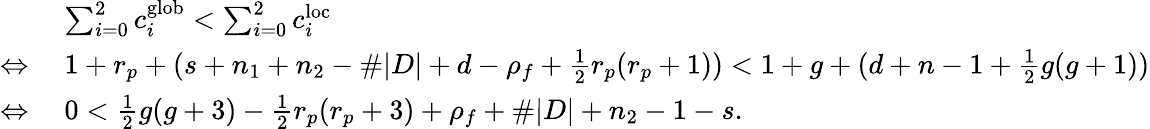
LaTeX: \begin{array}{rl}&{\sum_{i=0}^{2}c_{i}^{\mathrm{glob}}<\sum_{i=0}^{2}c_{i}^{\mathrm{loc}}}\\ {\Leftrightarrow\; }&{1+r_{p}+(s+n_{1}+n_{2}-\# |D|+d-\rho_{f}+\frac 12r_{p}(r_{p}+1))<1+g+(d+n-1+\frac 12g(g+1))}\\ {\Leftrightarrow\; }&{0<\frac 12g(g+3)-\frac 12r_{p}(r_{p}+3)+\rho_{f}+\# |D|+n_{2}-1-s.}\end{array}